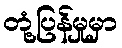
တုံ့ပြန်မှုမှာ